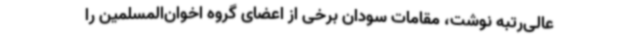
عالی‌رتبه نوشت، مقامات سودان برخی از اعضای گروه اخوان‌المسلمین را